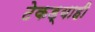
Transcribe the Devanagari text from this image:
टेकड्याही